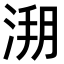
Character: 𣷥